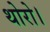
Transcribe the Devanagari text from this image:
थोरो।